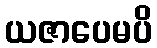
ယဇာပေမပိ